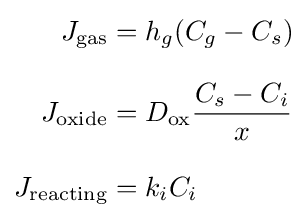
{\begin{aligned}J_{\text{gas}}&=h_{g}(C_{g}-C_{s})\\[8pt]J_{\text{oxide}}&=D_{\text{ox}}{\frac {C_{s}-C_{i}}{x}}\\[8pt]J_{\text{reacting}}&=k_{i}C_{i}\end{aligned}}